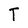
Character: T